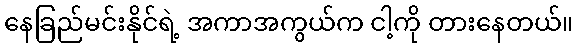
နေခြည်မင်းနိုင်ရဲ့ အကာအကွယ်က ငါ့ကို တားနေတယ်။